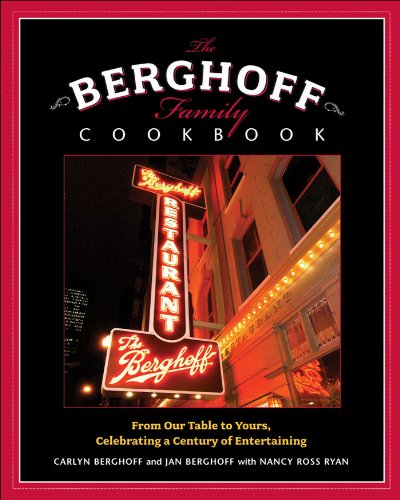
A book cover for The Berghoff Family Cookbook: From Our Table to Yours, Celebrating a Century of Entertaining; Carlyn Berghoff; Cookbooks, Food & Wine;